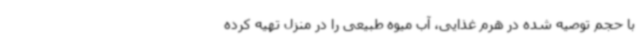
با حجم توصیه شده در هرم غذایی، آب میوه طبیعی را در منزل تهیه کرده